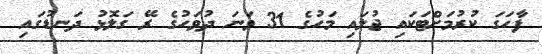
ފާހަގަ ކުރުމަށްޓަކައި ޖުލައި މަހުގެ 31 ވަނަ ދުވަހުގެ ރޭ ގަލޮޅު ދަނޑުގައި